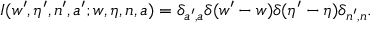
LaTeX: I ( w ^ { \prime } , \eta ^ { \prime } , n ^ { \prime } , a ^ { \prime } ; w , \eta , n , a ) = \delta _ { a ^ { \prime } , a } \delta ( w ^ { \prime } - w ) \delta ( \eta ^ { \prime } - \eta ) \delta _ { n ^ { \prime } , n } .